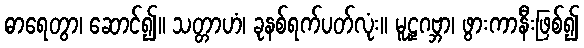
ဓာရေတွာ၊ ဆောင်၍။ သတ္တာဟံ၊ ခုနစ်ရက်ပတ်လုံး။ မူဠှဂဗ္ဘာ၊ ဖွားကာနီးဖြစ်၍